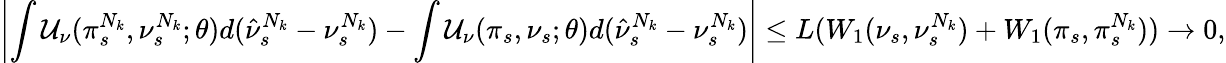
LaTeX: \left|\int\mathcal{U}_{\nu}(\pi_{s}^{N_{k}},\nu_{s}^{N_{k}};\theta)d(\hat{\nu}_{s}^{N_{k}}-\nu_{s}^{N_{k}})-\int\mathcal{U}_{\nu}(\pi_{s},\nu_{s};\theta)d(\hat{\nu}_{s}^{N_{k}}-\nu_{s}^{N_{k}})\right|\leq L(W_{1}(\nu_{s},\nu_{s}^{N_{k}})+W_{1}(\pi_{s},\pi_{s}^{N_{k}}))\rightarrow 0,